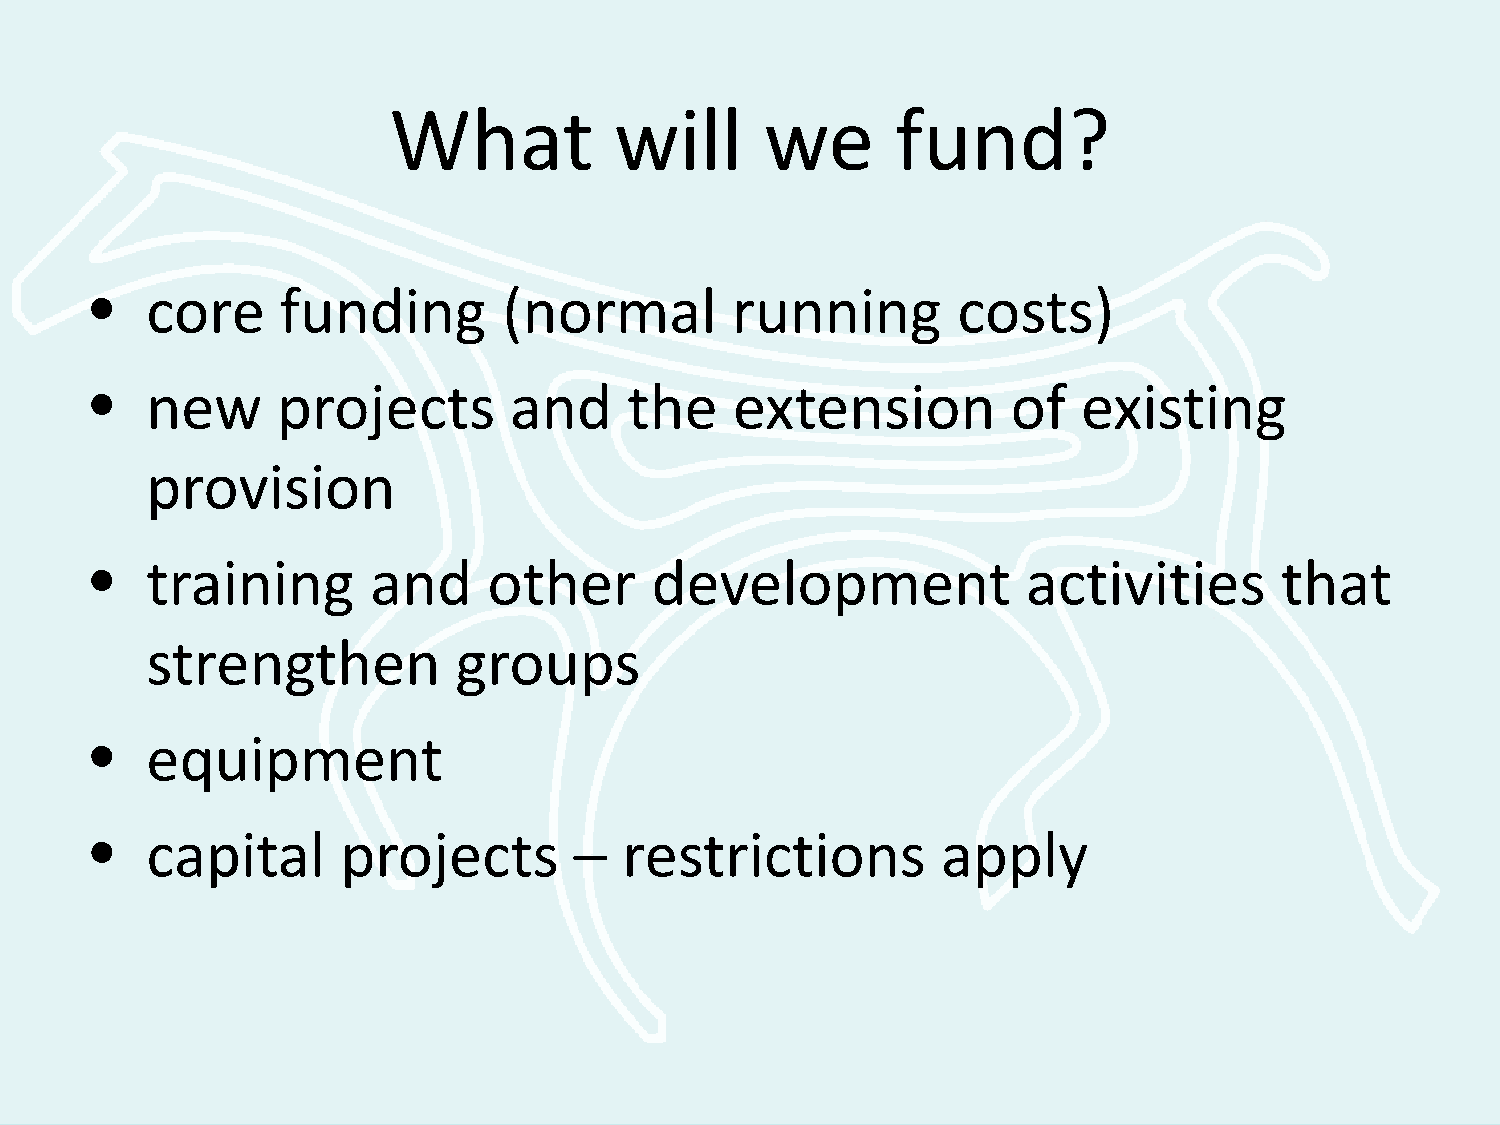
What           will      we      fund?
 •   core     funding       (normal        running        costs)
 •   new     projects        and     the    extension         of   existing
 provision
 •   training       and    other      development              activities       that
 strengthen          groups
 •   equipment
 •   capital      projects       –  restrictions         apply